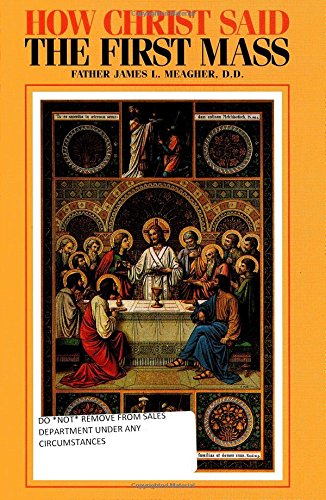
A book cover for How Christ Said the First Mass or the Lord's Last Supper; James L. Meagher; Christian Books & Bibles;